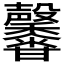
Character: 𪐕